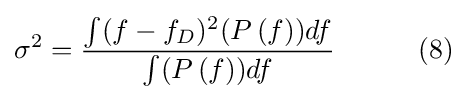
\sigma ^{2}={\frac {\int (f-f_{D})^{2}(P\left(f\right))df}{\int (P\left(f\right))df}}\qquad \quad (8)